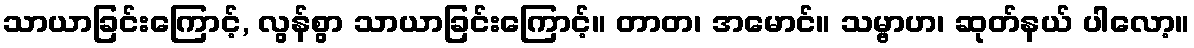
သာယာခြင်းကြောင့်, လွန်စွာ သာယာခြင်းကြောင့်။ တာတ၊ အမောင်။ သမ္ဗာဟ၊ ဆုတ်နယ် ပါလော့။